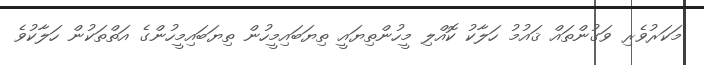
މަކަރުވެރި ވަގުންތައް ޤައުމު ހަލާކު ކޮއްލި މީހުންތިޔައީ ތިޔަބައިމީހުން ތިޔަބައިމީހުންގެ އަތްތަކުން ހަލާކުވެ